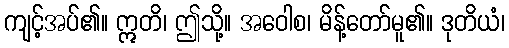
ကျင့်အပ်၏။ ဣတိ၊ ဤသို့။ အဝေါစ၊ မိန့်တော်မူ၏။ ဒုတိယံ၊